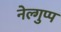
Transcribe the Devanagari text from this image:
नेल्गुप्प